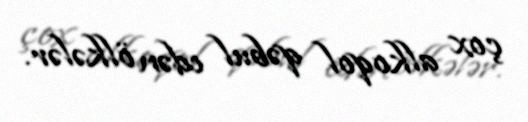
çox alkoqol qəbul edən ölkələr.